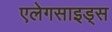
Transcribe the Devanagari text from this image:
एलेगसाइड्स